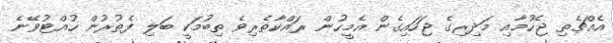
އެއްޗެތި ޖެހުމާއި މަދިރިގެ ޖަހައިގެން އެމީހުން ރައްކާތެރިވެ ތިބުމަކީ ބަލި ފެތުރުން ހުއްޓުވޭނެ